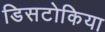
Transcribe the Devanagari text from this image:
डिसटोकिया